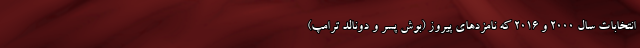
انتخابات سال ۲۰۰۰ و ۲۰۱۶ که نامزدهای پیروز (بوش پسر و دونالد ترامپ)